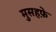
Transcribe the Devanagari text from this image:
मुसहफ़े